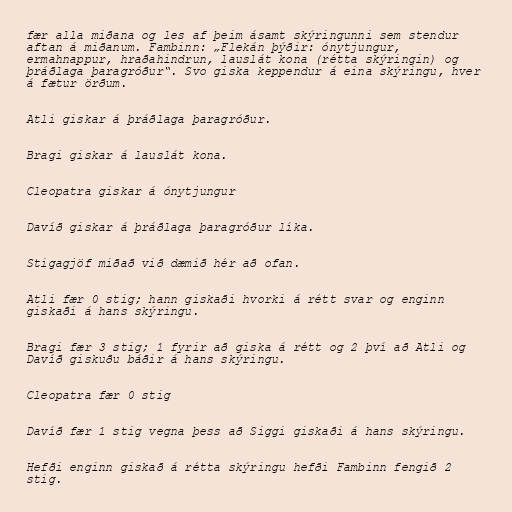
fær alla miðana og les af þeim ásamt skýringunni sem stendur
aftan á miðanum. Fambinn: „Flekán þýðir: ónytjungur,
ermahnappur, hraðahindrun, lauslát kona (rétta skýringin) og
þráðlaga þaragróður“. Svo giska keppendur á eina skýringu, hver
á fætur örðum.

Atli giskar á þráðlaga þaragróður.

Bragi giskar á lauslát kona.

Cleopatra giskar á ónytjungur

Davíð giskar á þráðlaga þaragróður líka.

Stigagjöf miðað við dæmið hér að ofan.

Atli fær 0 stig; hann giskaði hvorki á rétt svar og enginn
giskaði á hans skýringu.

Bragi fær 3 stig; 1 fyrir að giska á rétt og 2 því að Atli og
Davíð giskuðu báðir á hans skýringu.

Cleopatra fær 0 stig

Davíð fær 1 stig vegna þess að Siggi giskaði á hans skýringu.

Hefði enginn giskað á rétta skýringu hefði Fambinn fengið 2
stig.